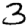
Digit: 3